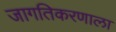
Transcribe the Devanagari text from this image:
जागतिकरणाला